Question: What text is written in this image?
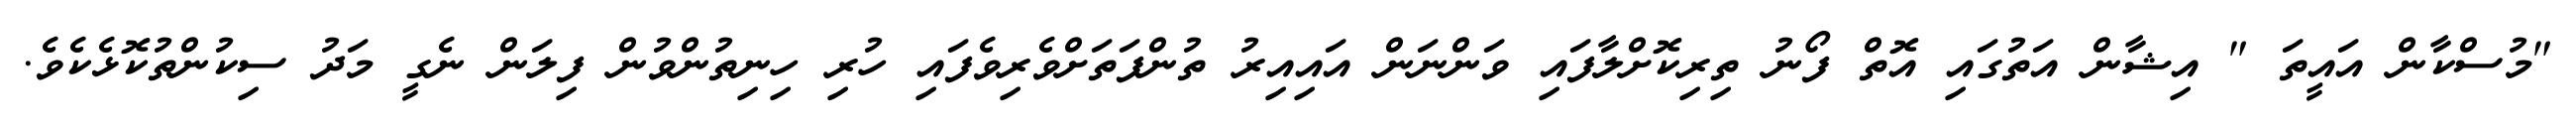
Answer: "މުސްކާން އައީތަ " އިޝާން އަތުގައި އޮތް ފޯނު ތިރިކޮށްލާފައި ވަންނަން އައިއިރު ތުންފަތަށްވެރިވެފައި ހުރި ހިނިތުންވުން ފިލަން ނެގީ މަދު ސިކުންތުކޮޅެކެވެ.